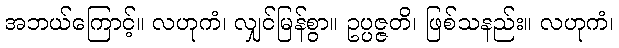
အဘယ်ကြောင့်။ လဟုကံ၊ လျှင်မြန်စွာ။ ဥပ္ပဇ္ဇတိ၊ ဖြစ်သနည်း။ လဟုကံ၊